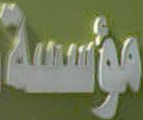
مؤسسة